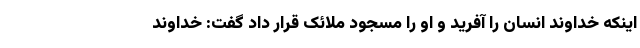
اینکه خداوند انسان را آفرید و او را مسجود ملائک قرار داد گفت: خداوند